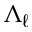
\Lambda _ { \ell }